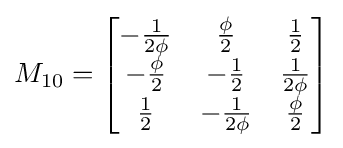
M_{10}={\begin{bmatrix}-{\frac {1}{2\phi }}&{\frac {\phi }{2}}&{\frac {1}{2}}\\-{\frac {\phi }{2}}&-{\frac {1}{2}}&{\frac {1}{2\phi }}\\{\frac {1}{2}}&-{\frac {1}{2\phi }}&{\frac {\phi }{2}}\end{bmatrix}}